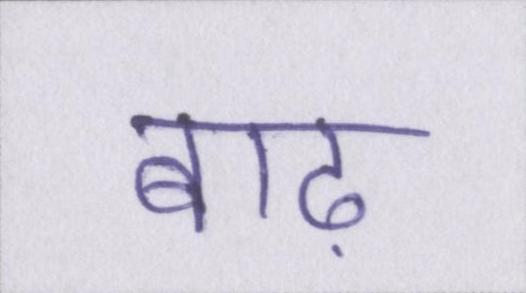
बाढ़